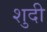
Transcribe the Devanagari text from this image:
शुदी